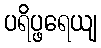
ပရိပ္ဖရေယျ